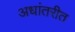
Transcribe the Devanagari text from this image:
अधांतरीत